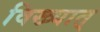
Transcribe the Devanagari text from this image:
विख्यात्